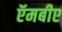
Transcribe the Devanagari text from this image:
ऍमबीए